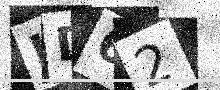
Text: HD62